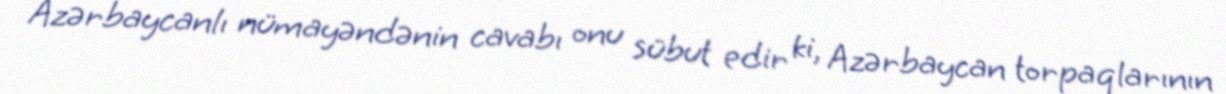
Azərbaycanlı nümayəndənin cavabı onu sübut edir ki, Azərbaycan torpaqlarının